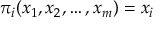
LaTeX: \pi _ { i } ( x _ { 1 } , x _ { 2 } , \ldots , x _ { m } ) = x _ { i }